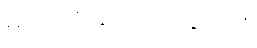
မင်း ကိုယ်တိုင် သွားပါ။